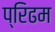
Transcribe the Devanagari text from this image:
प्रिढम